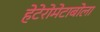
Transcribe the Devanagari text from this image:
हेटेरोमेटाबोला